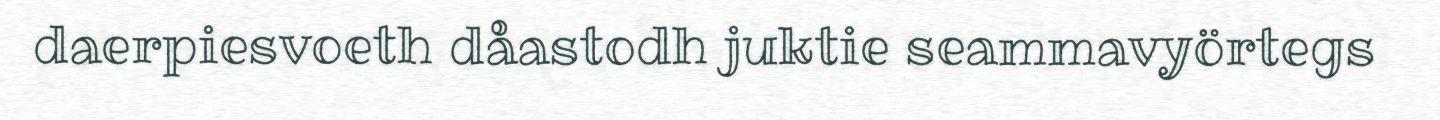
daerpiesvoeth dåastodh juktie seammavyörtegs